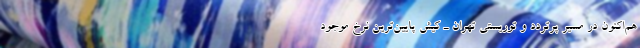
هم‌اکنون در مسیر پرتردد و توریستی تهران ـ کیش پایین‌ترین نرخ موجود